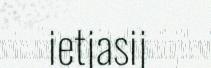
ietjasij